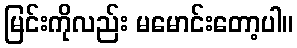
မြင်းကိုလည်း မမောင်းတော့ပါ။